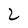
Character: 2